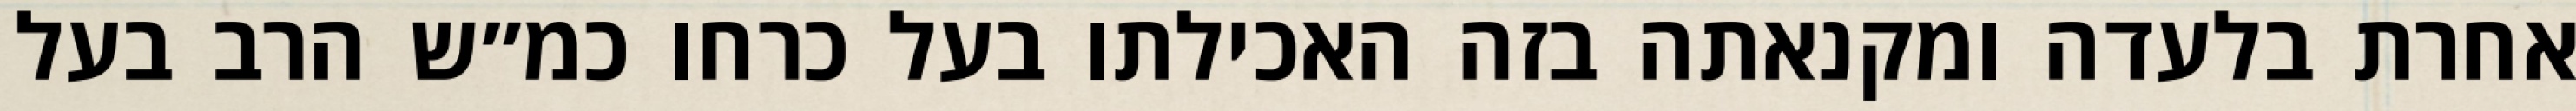
אחרת בלעדה ומקנאתה בזה האכילתו בעל כרחו כמ״ש הרב בעל